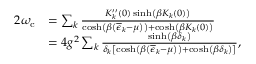
\begin{array} { r l } { 2 \omega _ { \mathrm { c } } } & { = \sum _ { k } \frac { K _ { k } ^ { \prime \prime } ( 0 ) \sinh \left( \beta K _ { k } ( 0 ) \right) } { \cosh \left( \beta \left( \overline { { \epsilon } } _ { k } - \mu \right) \right) + \cosh \left( \beta K _ { k } ( 0 ) \right) } } \\ & { = 4 g ^ { 2 } \sum _ { k } \frac { \sinh \left( \beta \delta _ { k } \right) } { \delta _ { k } \left[ \cosh \left( \beta \left( \overline { { \epsilon } } _ { k } - \mu \right) \right) + \cosh \left( \beta \delta _ { k } \right) \right] } , } \end{array}